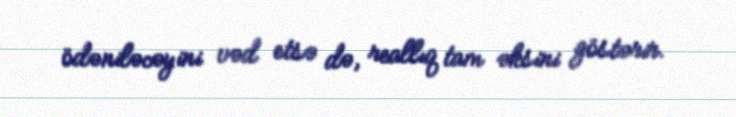
ödəniləcəyini vəd etsə də, reallıq tam əksini göstərir.